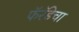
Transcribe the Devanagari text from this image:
फॅरॅडेचा